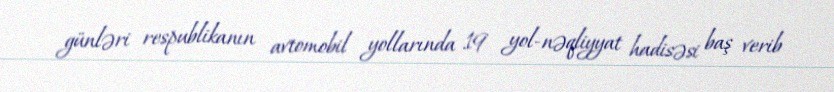
günləri respublikanın avtomobil yollarında 19 yol-nəqliyyat hadisəsi baş verib